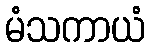
မံသကာယံ